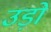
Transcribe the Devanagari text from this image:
उड़ो